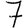
Digit: 7